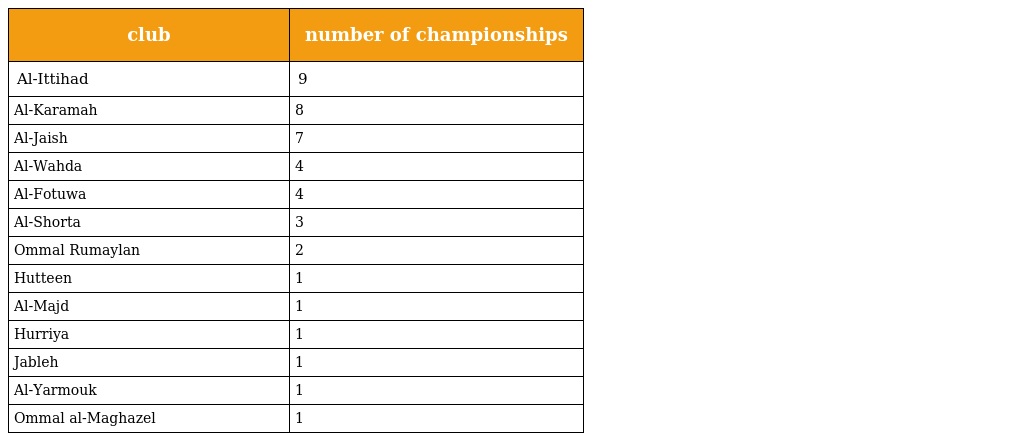
| club | number of championships |
 | --- | --- |
 | Al-Ittihad | 9 |
 | Al-Karamah | 8 |
 | Al-Jaish | 7 |
 | Al-Wahda | 4 |
 | Al-Fotuwa | 4 |
 | Al-Shorta | 3 |
 | Ommal Rumaylan | 2 |
 | Hutteen | 1 |
 | Al-Majd | 1 |
 | Hurriya | 1 |
 | Jableh | 1 |
 | Al-Yarmouk | 1 |
 | Ommal al-Maghazel | 1 |